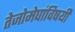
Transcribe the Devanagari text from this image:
तेजोमेघांविषयी